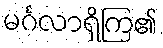
မင်္ဂလာရှိကြ၏